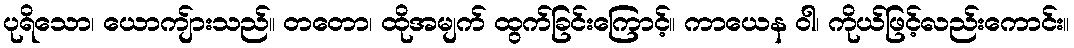
ပုရိသော၊ ယောကျ်ားသည်။ တတော၊ ထိုအမျက် ထွက်ခြင်းကြောင့်။ ကာယေန ဝါ၊ ကိုယ်ဖြင့်လည်းကောင်း။